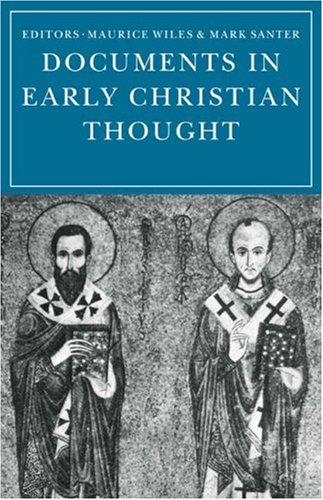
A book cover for Documents in Early Christian Thought; Christian Books & Bibles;